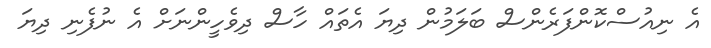
އެ ނިއުސްކޮންފަރެންސް ބަލަމުން ދިޔަ އެތައް ހާސް ދިވެހީންނަށް އެ ނުފެނި ދިޔަ